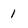
Character: 1